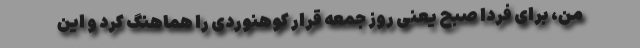
من، برای فردا صبح یعنی روز جمعه قرار کوهنوردی را هماهنگ کرد و این